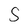
Character: S